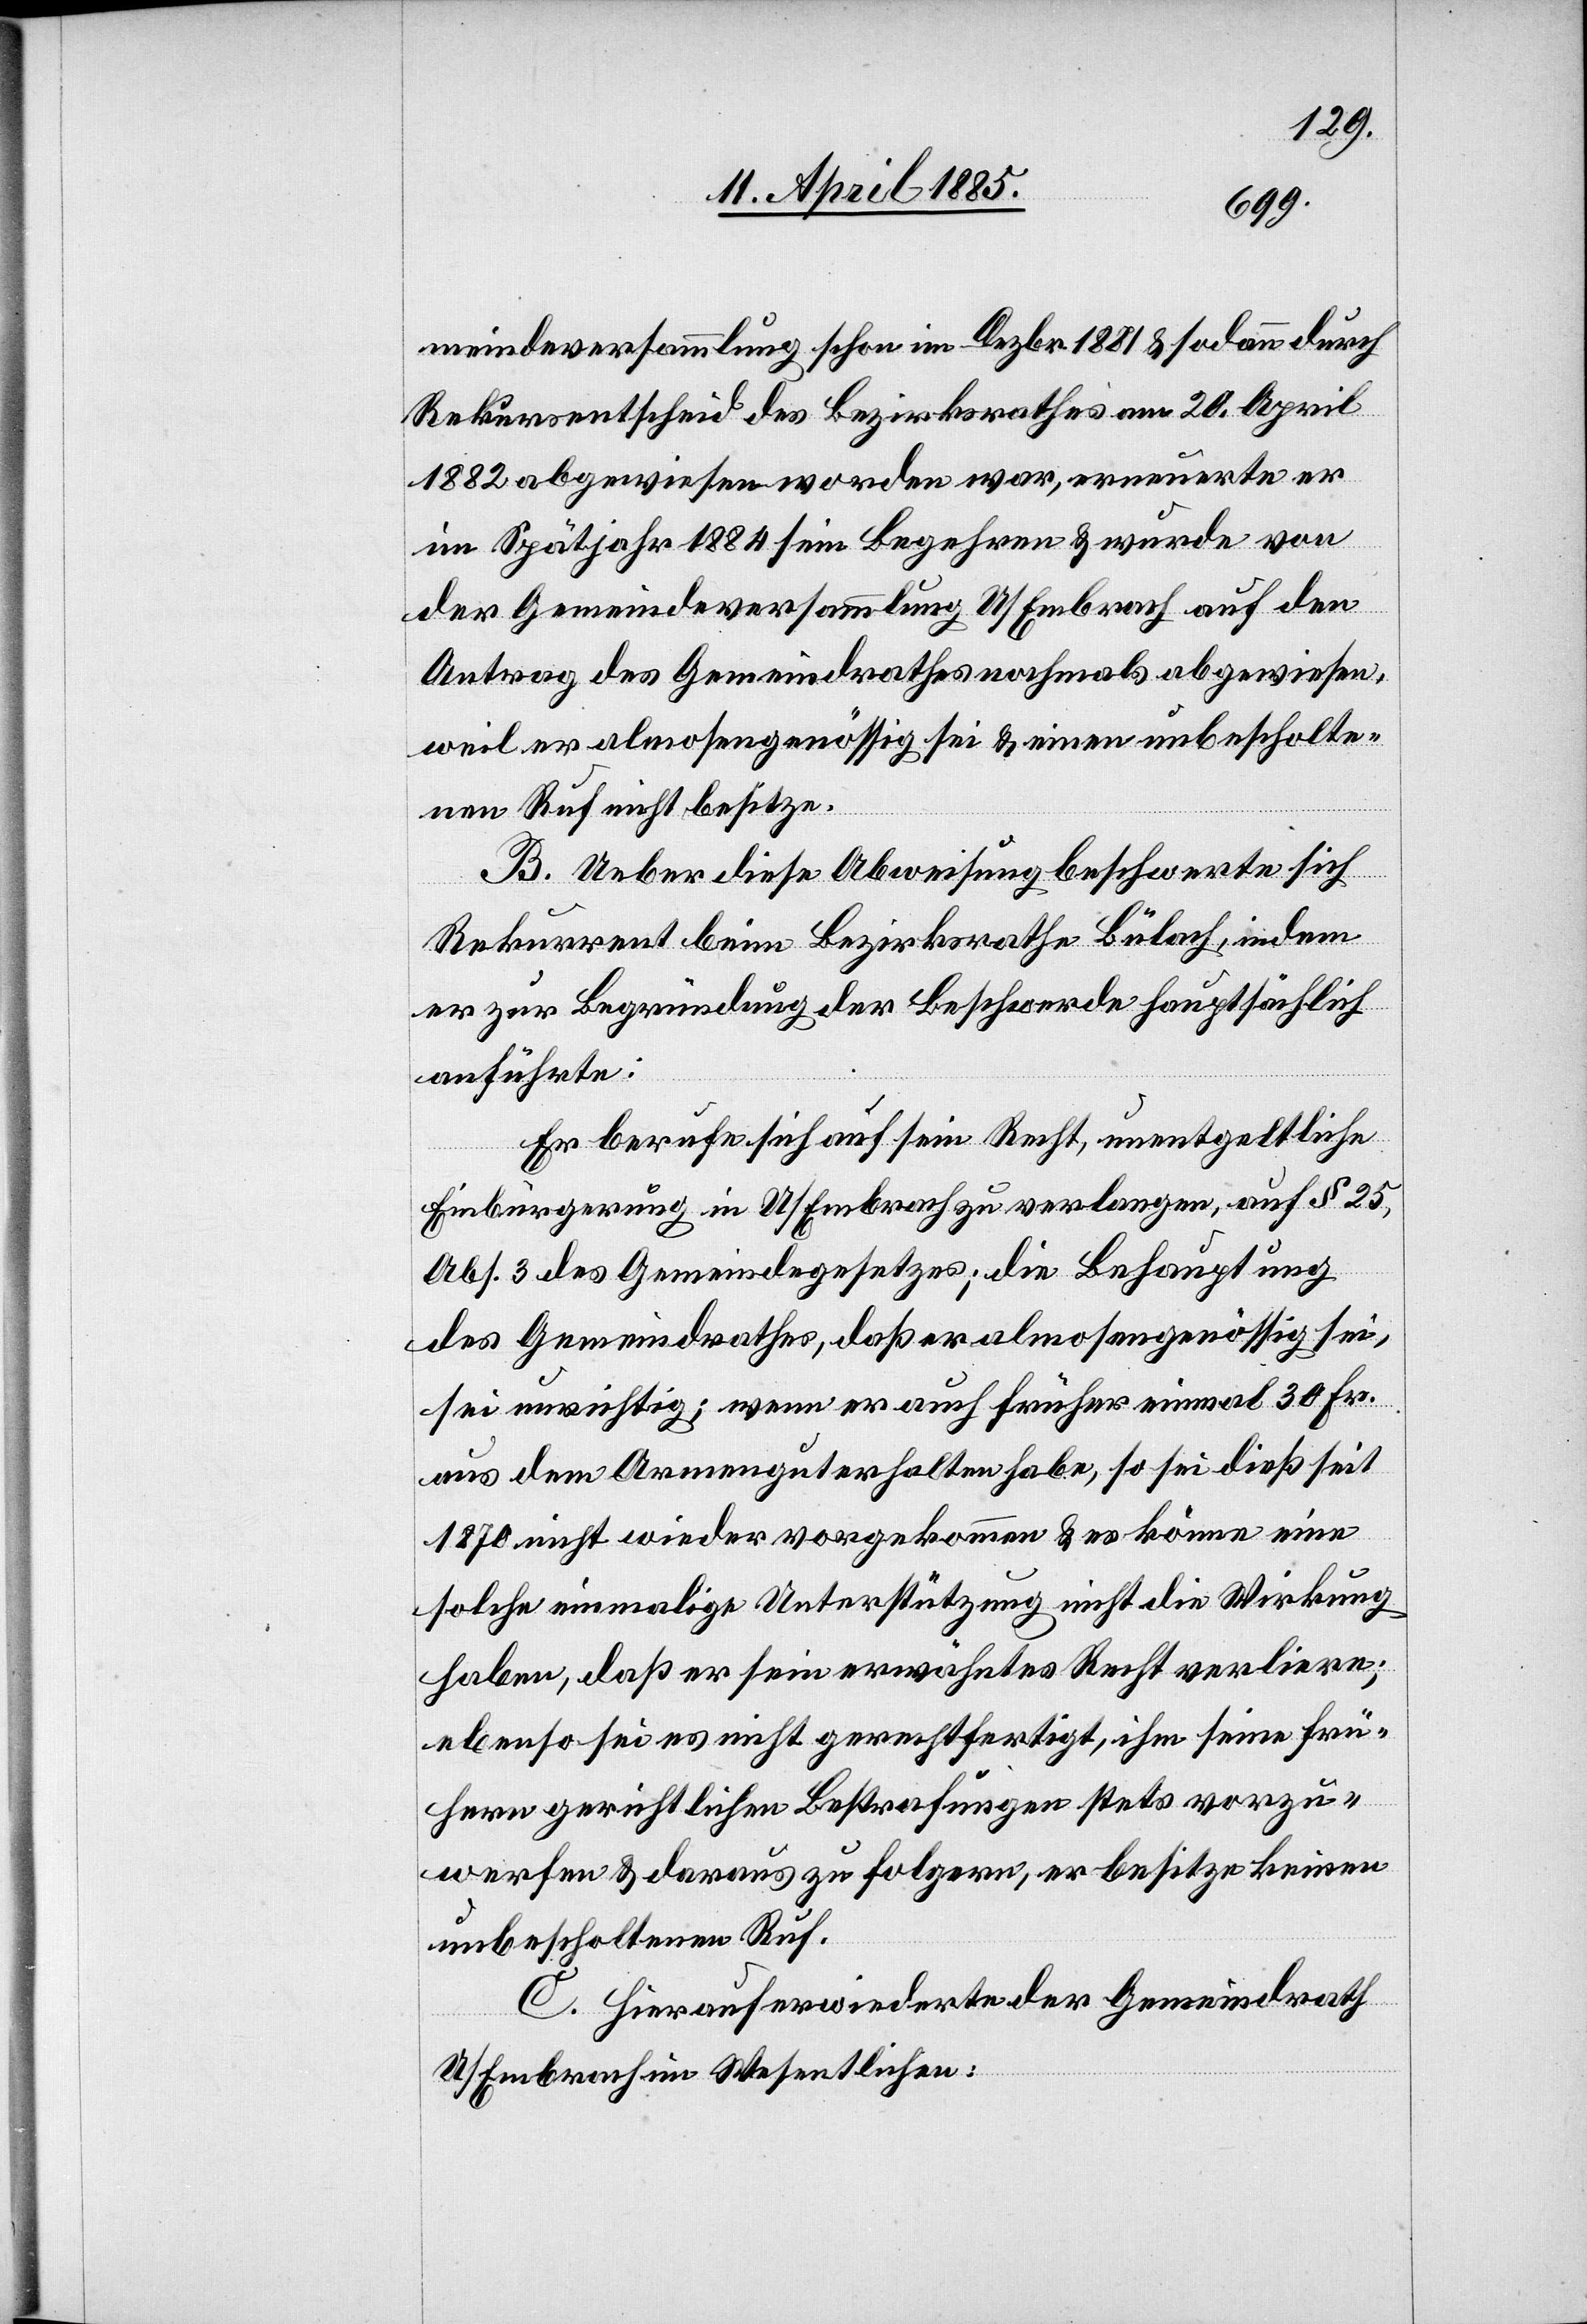
meindeversammlung schon im Dezbr. 1881 & sodann durch
Rekursentscheid des Bezirksrathes am 20. April
1882 abgewiesen worden war, erneuerte er
im Spätjahr 1884 sein Begehren & wurde von
der Gemeindeversammlung U/Embrach auf den
Antrag des Gemeindrathes nochmals abgewiesen,
weil er almosengenössig sei & einen unbescholte¬
nen Ruf nicht besitze.
B. Ueber diese Abweisung beschwerte sich
Rekurrent beim Bezirksrathe Bülach, indem
er zur Begründung der Beschwerde hauptsächlich
anführte:
Er berufe sich auf sein Recht, unentgeltliche
Abs.
Einbürgerung in U/Embrach zu verlangen, auf § 25,
des Gemeindrathes, daß er almosengenössig sei,
sei unrichtig; wenn er auch früher einmal 30 Fr.
aus dem Armengut erhalten habe, so sei dieß seit
1870 nicht wieder vorgekommen & es könne eine
solche einmalige Unterstützung nicht die Wirkung
haben, daß er sein erwähntes Recht verliere;
ebenso sei es nicht gerechtfertigt, ihm seine frü¬
here gerichtlichen Bestrafungen stets vorzu¬
werfen & daraus zu folgern, er besitze keinen
unbescholtenen Ruf.
C. Hierauf erwiederte der Gemeindrath
U/Embrach im Wesentlichen: